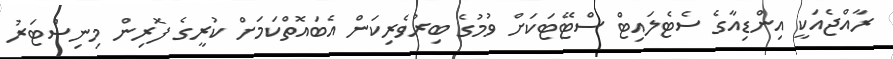
ރާއްޖެއަކީ އިންޑިއާގެ ސެޓެލައިޓް ސްޓޭޓަކަށް ވުމުގެ ބިރުވެރިކަން އެބައޮތްކަމަށް ކުރީގެ ފޮރިން މިނިސްޓަރު